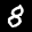
Label: 8